Rapla_vallavalitsus, lk 31
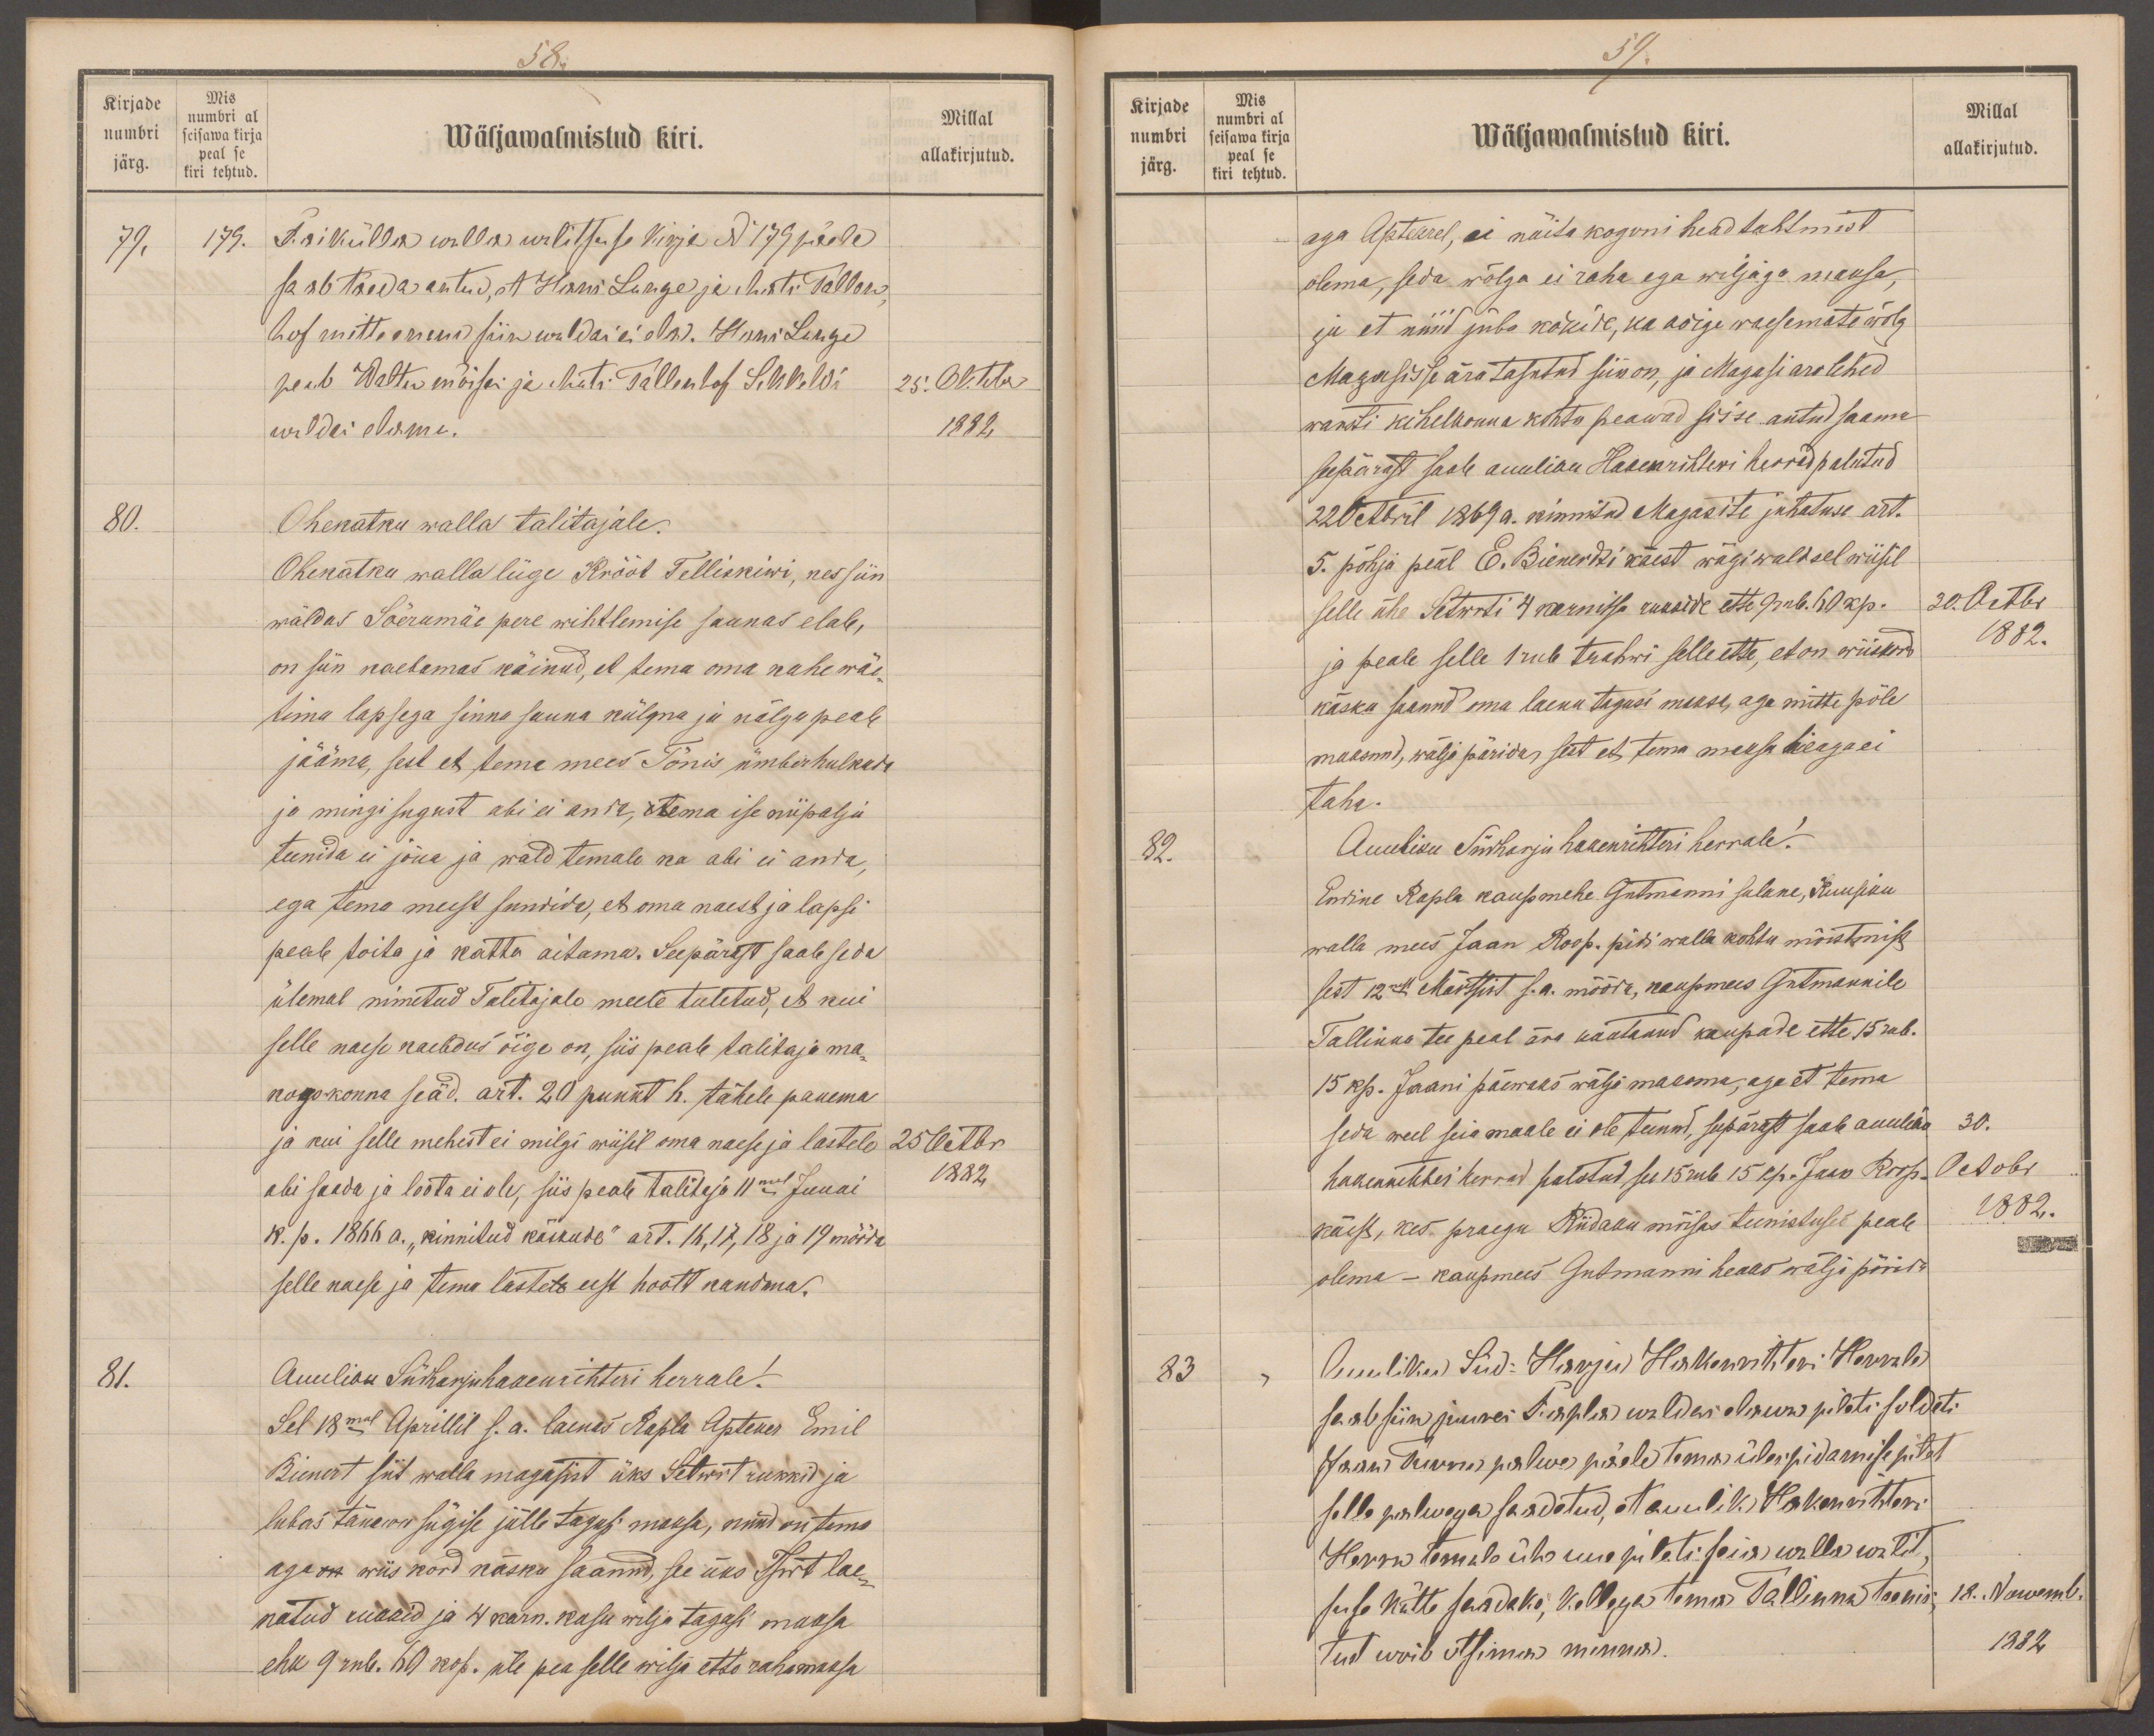
58.
Kirjade
Mis
numbri al
numbri
seisawa kirja
Wäljawalmistud kiri.
peal se
järg.
kiri tehtud.
Millal
allakirjutud.
79.
179.
Raikülla walla walitsuse kirja No 179 päele
saab täeda antud, et Hans Lunge ja Mats Tallon-
hof mitte enam siin waldas ei ela. Hans Lunge
peab Waltu mõisas ja Mats Tallenhof Sikkeldi
25. Oktobr
waldas elama.
1882
80.
Ohekatku walla talitajale.
Ohekatku walla liige Krööt Telliskiwi, kes siin
waldas Sõerumäe pere wihtlemise saunas elab,
on siin kaebamas käinud, et tema oma kahe wäe-
tima lapsega sinna sauna külma ja nälga peab
jääma, sest et tema mees Tõnis ümberhulkuda
ja mingi sugust abi ei anda, tema ise niipalju
teenida ei jõua ja wald temale ka abi ei anda,
ega tema meest sundida, et oma naest ja lapsi
peab toita ja katta aitama. Seepärast saab seda
ülemal nimetatud Talitajale meele tuletud, et kui
selle naese kaebdus õige on, siis peab talitaja ma-
kogo-konna seäd. art. 20 punkt h. tähele panema
ja kui selle mehest ei milgi wiisil oma naese ja lastele
25 Octbr
abi saada ja loota ei ole, siis peale talitaja 11mal Juuni
1882
k. p. 1866 a. "kinnitud käskude" art. 16, 17, 18 ja 19 mööda
selle naese ja tema laste eest hoolt kandma.
81.
Auuliku Südharju hakenrihteri herrale!
Sel 18mal Aprillil s.a. laenas Rapla Apteker Emil
Bienert siit walla magasist üks Setwert rukkid ja
lubas tänawu sügise jälle tagasi maksa, nüüd on tema
aga wiis kord käsku saanud, see üks Stwrt lae
natud rukkid ja 4 karn. kasu wilja tagasi maksa
ehk 9 rub. 60 kop. üle pea selle wilja ette raha maksa

59.
Kirjade
Mis
Millal
numbri al
numbri
seisawa kirja
Wäljawalmistud kiri.
järg.
peal se
kiri tehtud.
allakirjutud.
aga Aptekrel, ei näita koguni head tahtmist
olema, seda wõlga ei raha ega wiljaga maksa,
ju et nüüd juba kõikide, ka kõige waesemate wõlg
Magasisse ära tasutud siin on, ja Magasi arolehed
warsti kihelkonna kohtu peawad sisse antud saama
seepärast saab auuliku Hakenrihteri herrad palutud
22 Octobril 1869 a. kinnitud Magasite juhatuse art.
5. põhja peäl E. Bienerdti käest wägiwaldsel wiisil
selle ühe Setwerti 4 karnitsa rukkide ette 9 rub. 60 kp.
30. Octbr
1882.
ja peale selle 1 rub trahwi selle ette, et on wiiskord
käsku saanud oma laenu tagasi maksa, aga mitte põle
maksnud, wälja päridas sest et tema maksa heaga ei
taha.
82.
Auuliku Südharju hakenrihteri herrale!
Enine Rapla kaupmehe Gutmanni sulane, Kuusiku
walla mees Jaan Roop. pidi walla kohtu mõistmise
sest 12nest Märtsist s.a. mööda, kaupmees Gutmannile
Tallinna tee peal ära kaotanud kaupade ette 15 rub.
15 kp. Jaani päewaks wälja maksma, aga et tema
seda weel seia maale ei ole teinud, seepärast saab auulikud
30.
hakenrihteri herrad palutud, see 15 rub 15 kp. Jaan Roop.
Octobr
käest, kes praegu Riidaku mõisas teenistuses peab
1882.
olema - kaupmees Gutmanni heaks wälja pärima
83
Auuliku Süd-Harju Hakenrihteri Herrale
saab siin juures Rapla waldas elawa pileti soldati
Jaan Turru palwe päele tema üles pidamise pilet
selle palwega saadetud, et auulik Hakenrihteri
Herra temale ühe uue pileti seia walla walit,
suse kätte saadaks, kellega tema Tallinna teenis-
18. Nowemb.
tust wõib otsima minna
1882